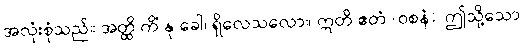
အလုံးစုံသည်။ အတ္ထိ ကိံ နု ခေါ၊ ရှိလေသလော။ ဣတိ ဧတံ (ဝစနံ)၊ ဤသို့သော